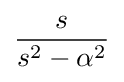
{s \over s^{2}-\alpha ^{2}}